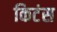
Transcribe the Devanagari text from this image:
किटंस